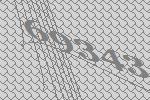
69343